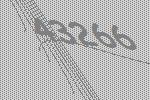
43266